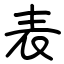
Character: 表